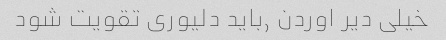
خیلی دیر اوردن ٫باید دلیوری تقویت شود